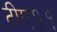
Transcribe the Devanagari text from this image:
टीए११